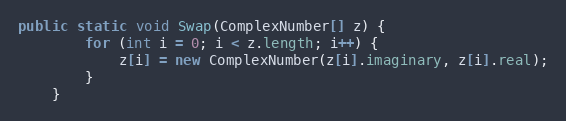
Language: Java
public static void Swap(ComplexNumber[] z) {
        for (int i = 0; i < z.length; i++) {
            z[i] = new ComplexNumber(z[i].imaginary, z[i].real);
        }
    }